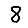
Digit: 8